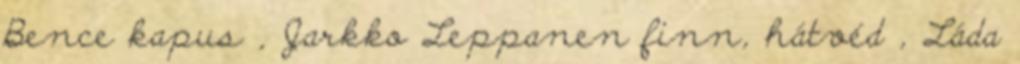
Bence kapus , Jarkko Leppanen finn, hátvéd , Láda